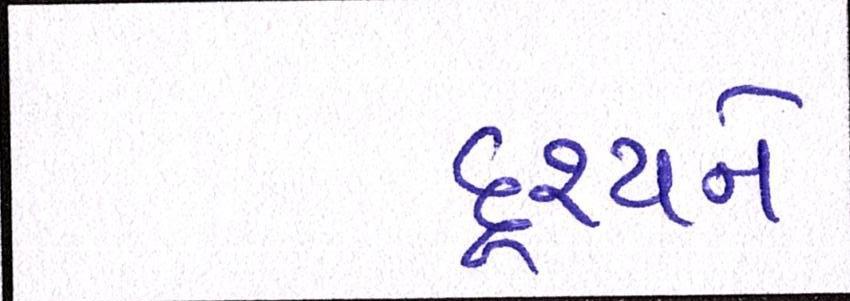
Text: દૃશ્યને